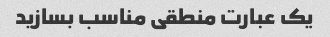
یک عبارت منطقی مناسب بسازید